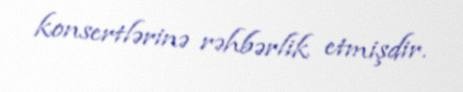
konsertlərinə rəhbərlik etmişdir.